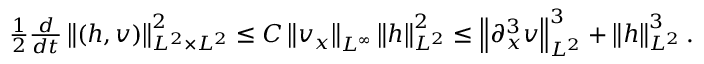
\begin{array} { r } { \frac { 1 } { 2 } \frac { d } { d t } \left\| ( h , v ) \right\| _ { L ^ { 2 } \times L ^ { 2 } } ^ { 2 } \leq C \left\| v _ { x } \right\| _ { L ^ { \infty } } \left\| h \right\| _ { L ^ { 2 } } ^ { 2 } \leq \left\| \partial _ { x } ^ { 3 } v \right\| _ { L ^ { 2 } } ^ { 3 } + \left\| h \right\| _ { L ^ { 2 } } ^ { 3 } . } \end{array}